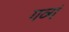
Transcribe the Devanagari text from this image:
गव्यं